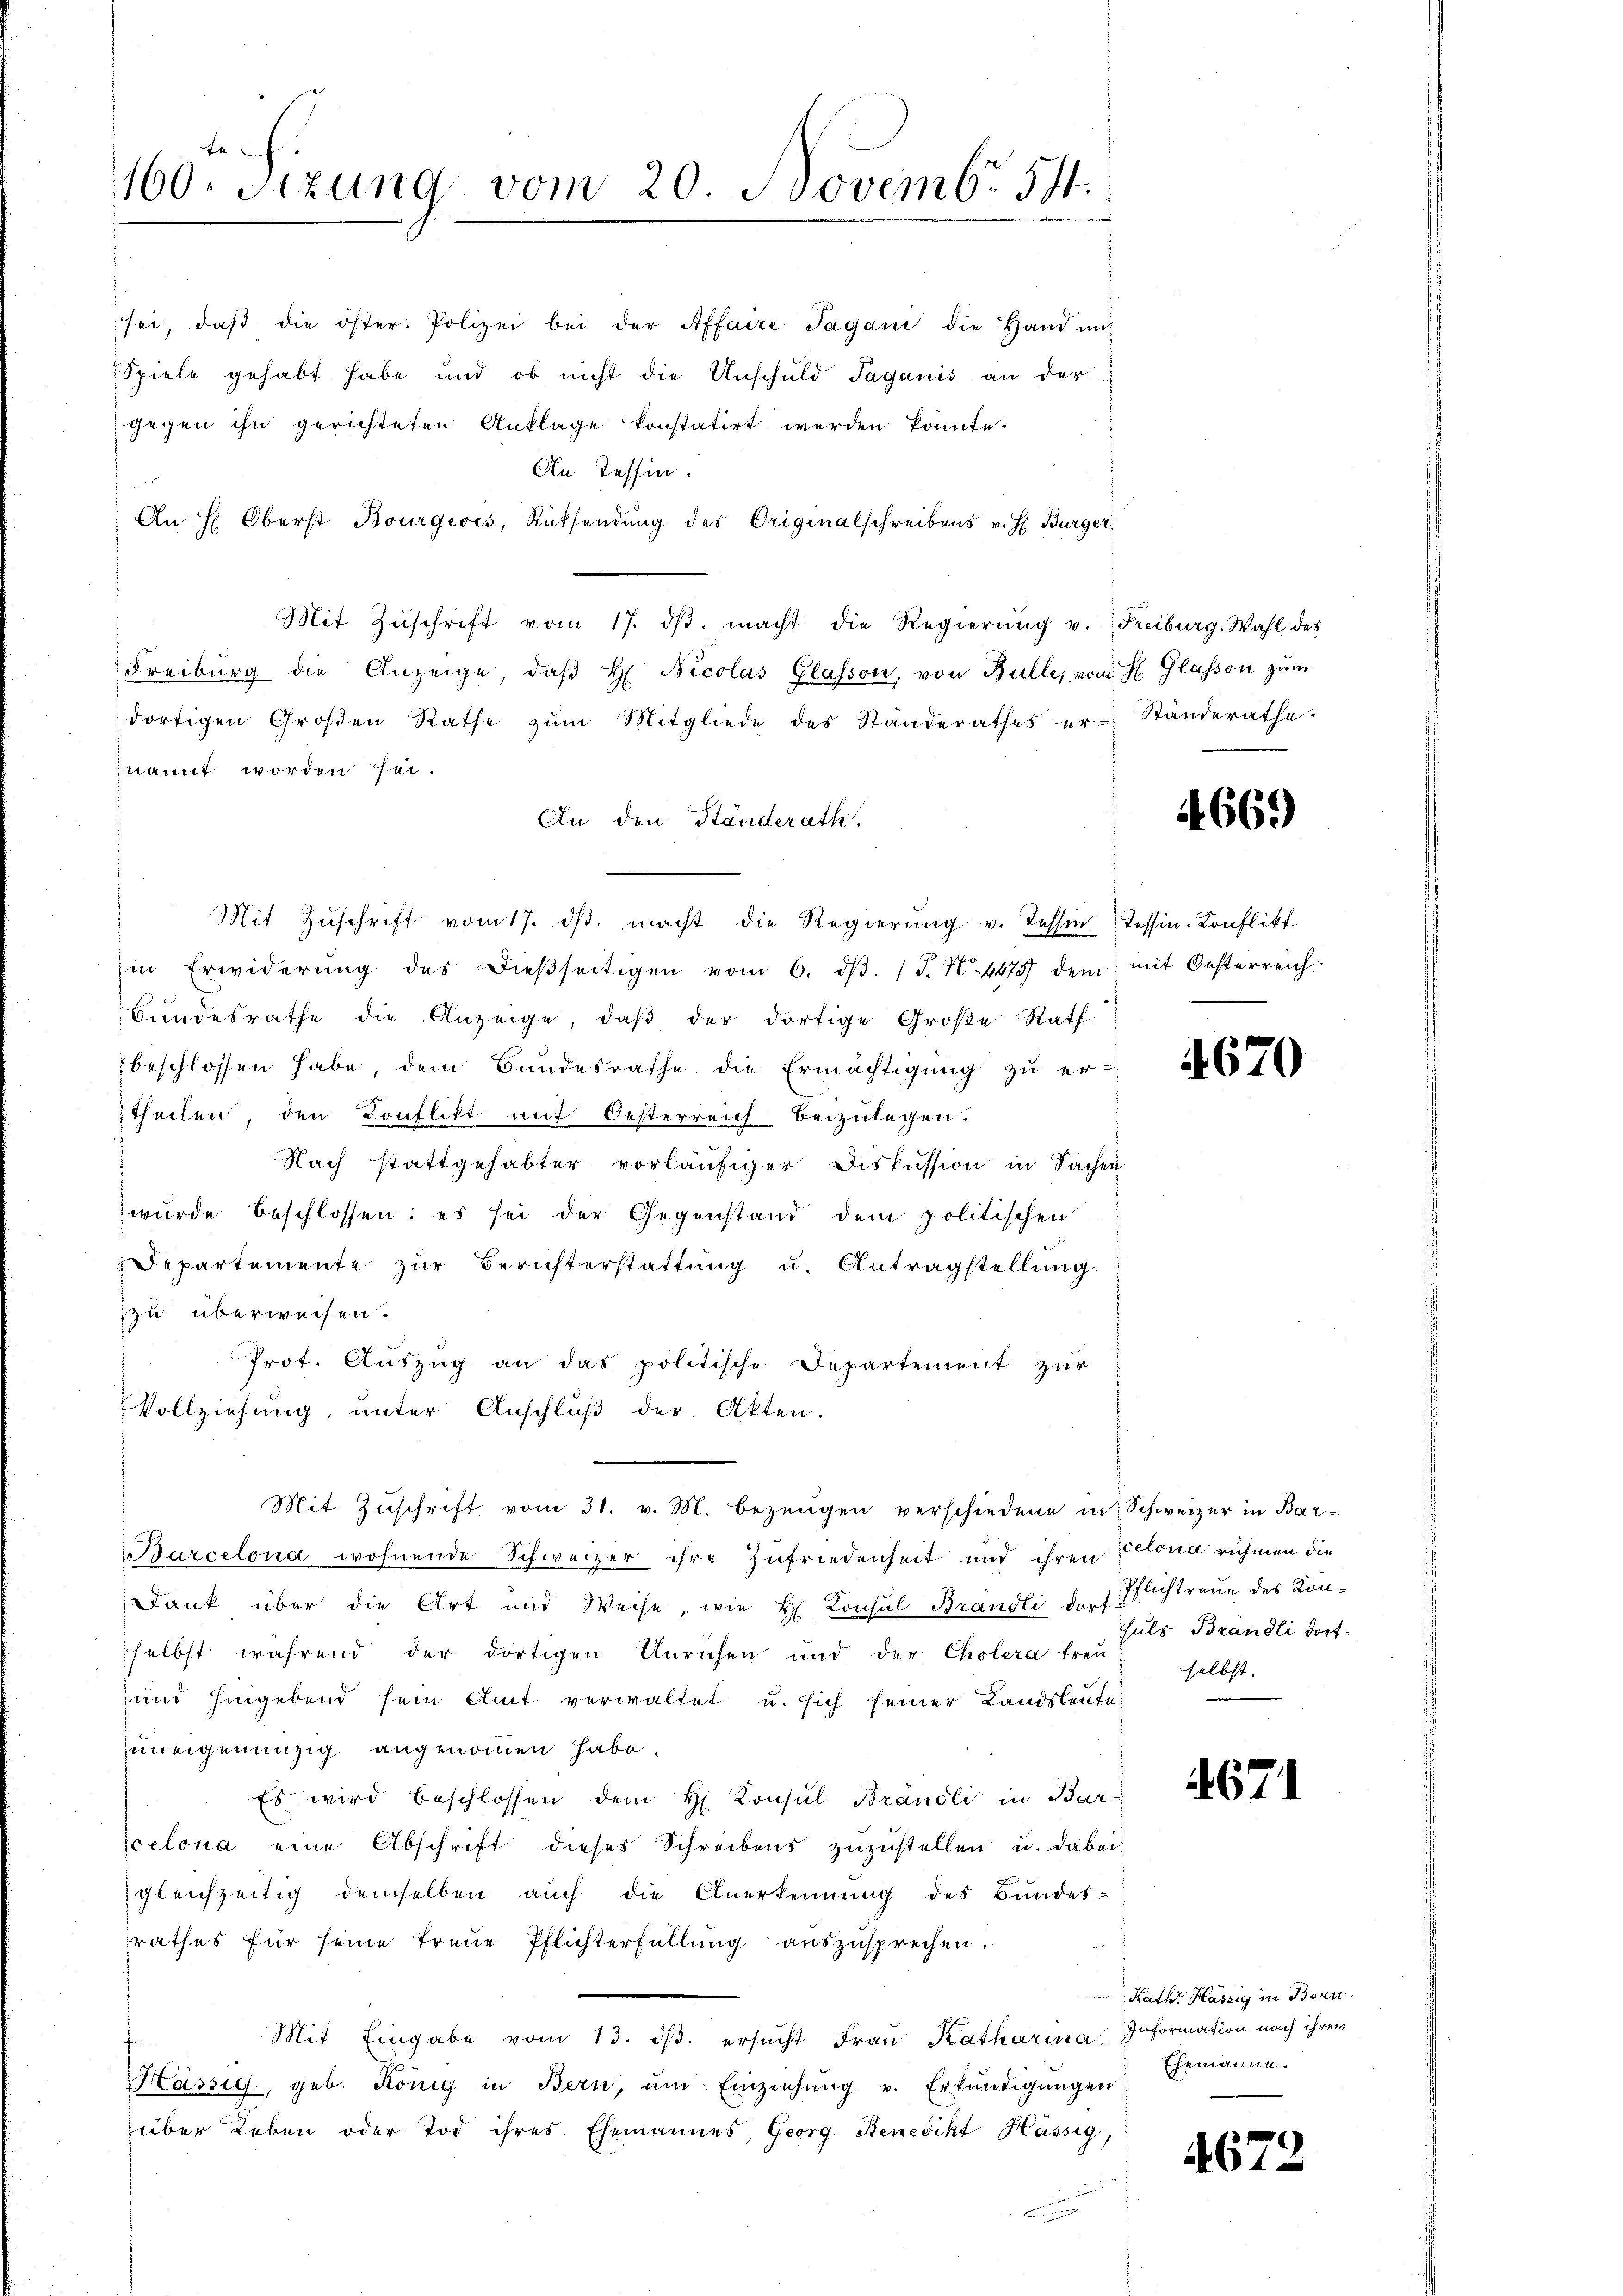
En
160. Sitzung vom 20. Novemb. 571.
e

sei, daβ die öster. Polizei bei der Affaire Tagani die Hand un
Spiele gehabt habe und ob nicht die Unschuld Taganis an der
gegen ihn gerichteten Anklage konstatirt werden könnte.
An Tessin.
t
An H: Oberst Bourgeois, Rücksendung des Originalschreibens v. H. Bürger¬
Mit Zŭschrift vom 17. dβ. macht die Regierŭng v. Freiburg. Wahl des
Freiburg die Anzeige, daβ H. Nicolas Glasson, von Bulle, vom H. Glasson zŭm
dortigen Groβen Rathe zŭm Mitgliede des Standerathes er- Ständeräthe.
nannt worden sei.
An den Ständerath
Mit Zŭschrift vom 17. dβ. macht die Regierŭng v. Tessin Tessin-Konflikt
in Erwiderŭng des dieβseitigen vom 6. dβ. J. N. 4475 dem mit Oesterreich:
Bundesrathe die Anzeige, daβ der dortige Große Rath
beschlossen habe, dem Bundesrathe die Ermächtigung zu er-
theilen, den Konflikt mit Oesterreich beizulegen.
Nach stattgehabter vorläŭfiger Diskussion in Sachen
wurde beschlossen: es sei der Gegenstand dem politischen
Departemente zur Berichterstattung u. Antragstellung
zu überweisen.
Prot. Aŭszŭg an das politische Departement zŭr
Vollziehung, unter Anschluß der Akten.
Mit Zŭschrift vom 31. v. M. bezeugen verschiedene in Schweizer in Bar¬
Barcelona wohnende Schweizer ihre Zufriedenheit und ihren Econa rühmen die
Dank über die Art und Weise, wie H. Konsul Brandli d. 1. Pflichtraue des Konselbst während der dortigen Unruhen und der Cholera treu-
und hingebend sein Amt verwaltet u. sich seiner Landsleute
uneigenunzig angenommen habe.
Es wird beschlossen dem H. Konsul Brändli in Bar-
celona eine Abschrift dieses Schreibens zŭzŭstellen u. dabei
e
gleichzeitig demselben auch die Anerkennung des Bundes-
srathes für seine treue Pflichterfüllung auszusprechen.
Mit Eingabe vom 13. dβ. ersŭcht Fraŭ Katharina Information nach ihrem
Hässig, geb. König in Bern, ŭm Einziehŭng v. Erkŭndigŭngen
über Leben oder Tod ihres Ehemannes, Georg Benedikt Hässig,

4669

4670

hals Brandli dort
selbst.

671

Rath Hässig in Bern.
Ehemanne.

4672